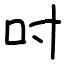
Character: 吋